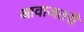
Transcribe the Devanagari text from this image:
आवाजतरी